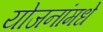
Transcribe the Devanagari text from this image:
योजनांमधे